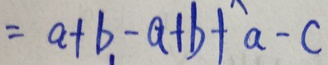
= a + b - a + b + a - c